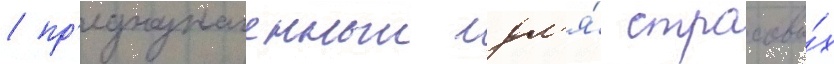
/ пр'едназначенныи дл'я́ страховы́х